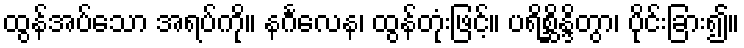
ထွန်အပ်သော အရပ်ကို။ နင်္ဂလေန၊ ထွန်တုံးဖြင့်။ ပရိစ္ဆိန္ဒိတွာ၊ ပိုင်းခြား၍။